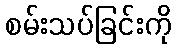
စမ်းသပ်ခြင်းကို